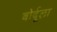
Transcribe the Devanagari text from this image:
बोर्दूला